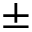
\pm